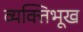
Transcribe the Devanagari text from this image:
व्यक्तिभूख